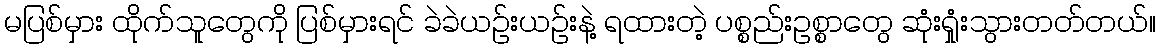
မပြစ်မှား ထိုက်သူတွေကို ပြစ်မှားရင် ခဲခဲယဉ်းယဉ်းနဲ့ ရထားတဲ့ ပစ္စည်းဥစ္စာတွေ ဆုံးရှုံးသွားတတ်တယ်။